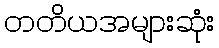
တတိယအများဆုံး